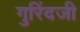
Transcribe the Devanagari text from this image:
गुरिंदजी